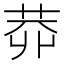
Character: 𱽭